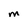
Character: M